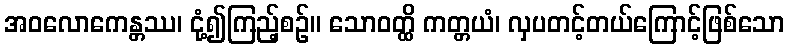
အဝလောကေန္တဿ၊ ငုံ့၍ကြည့်စဉ်။ သောဝတ္ထိ ကတ္တယံ၊ လှပတင့်တယ်ကြောင့်ဖြစ်သော